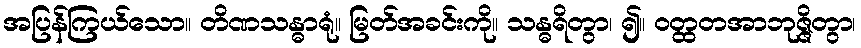
အပြန်ကြယ်သော။ တိဏသန္ဓာရုံ။ မြတ်အခင်းကို။ သန္ဓရိတွာ၊ ၍။ ဝတ္ထတအာဘုဇ္ဇိတွာ၊